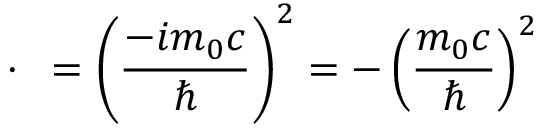
\mathbf { \partial } \cdot \mathbf { \partial } = \left( { \frac { - i m _ { 0 } c } { \hbar } } \right) ^ { 2 } = - \left( { \frac { m _ { 0 } c } { \hbar } } \right) ^ { 2 }